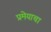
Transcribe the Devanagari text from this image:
प्रमेयाचा